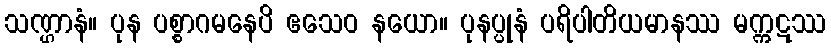
သဏ္ဌာနံ။ ပုန ပစ္စာဂမနေပိ ဧသေဝ နယော။ ပုနပ္ပုနံ ပရိပါတိယမာနဿ မက္ကဋဿ